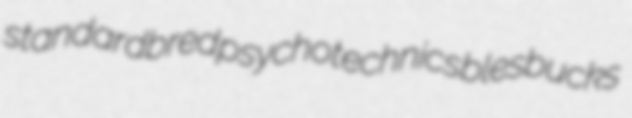
standardbred psychotechnics blesbucks